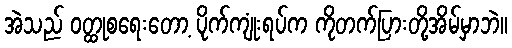
အဲသည် ဝတ္ထုစရေးတော့ ပိုက်ကျုံးရပ်က ကိုတက်ပြားတို့အိမ်မှာဘဲ။